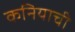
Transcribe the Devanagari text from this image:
कनियाची